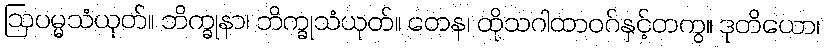
ဩပမ္မသံယုတ်။ ဘိက္ခုနာ၊ ဘိက္ခုသံယုတ်။ တေန၊ ထိုသဂါထာဝဂ်နှင့်တကွ။ ဒုတိယော၊